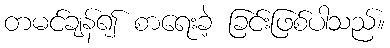
တမင်ချန်၍ စာရေးခဲ့ ခြင်းဖြစ်ပါသည်။